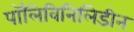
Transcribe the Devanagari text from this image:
पॉलिविनिलिडीन